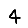
Digit: 4